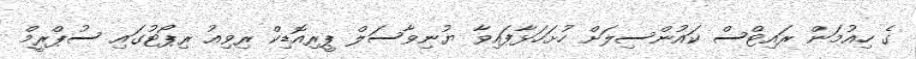
ގެ ހިއުމަން ރައިޓްސް ކައުންސިލަށް ހުށަހަޅާފައިވާ ޔުނިވާސަލް ޕީރިއޮޑިކް ރިވިއު ރިޕޯޓުގައި ސުޕްރީމް